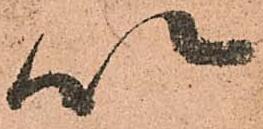
以